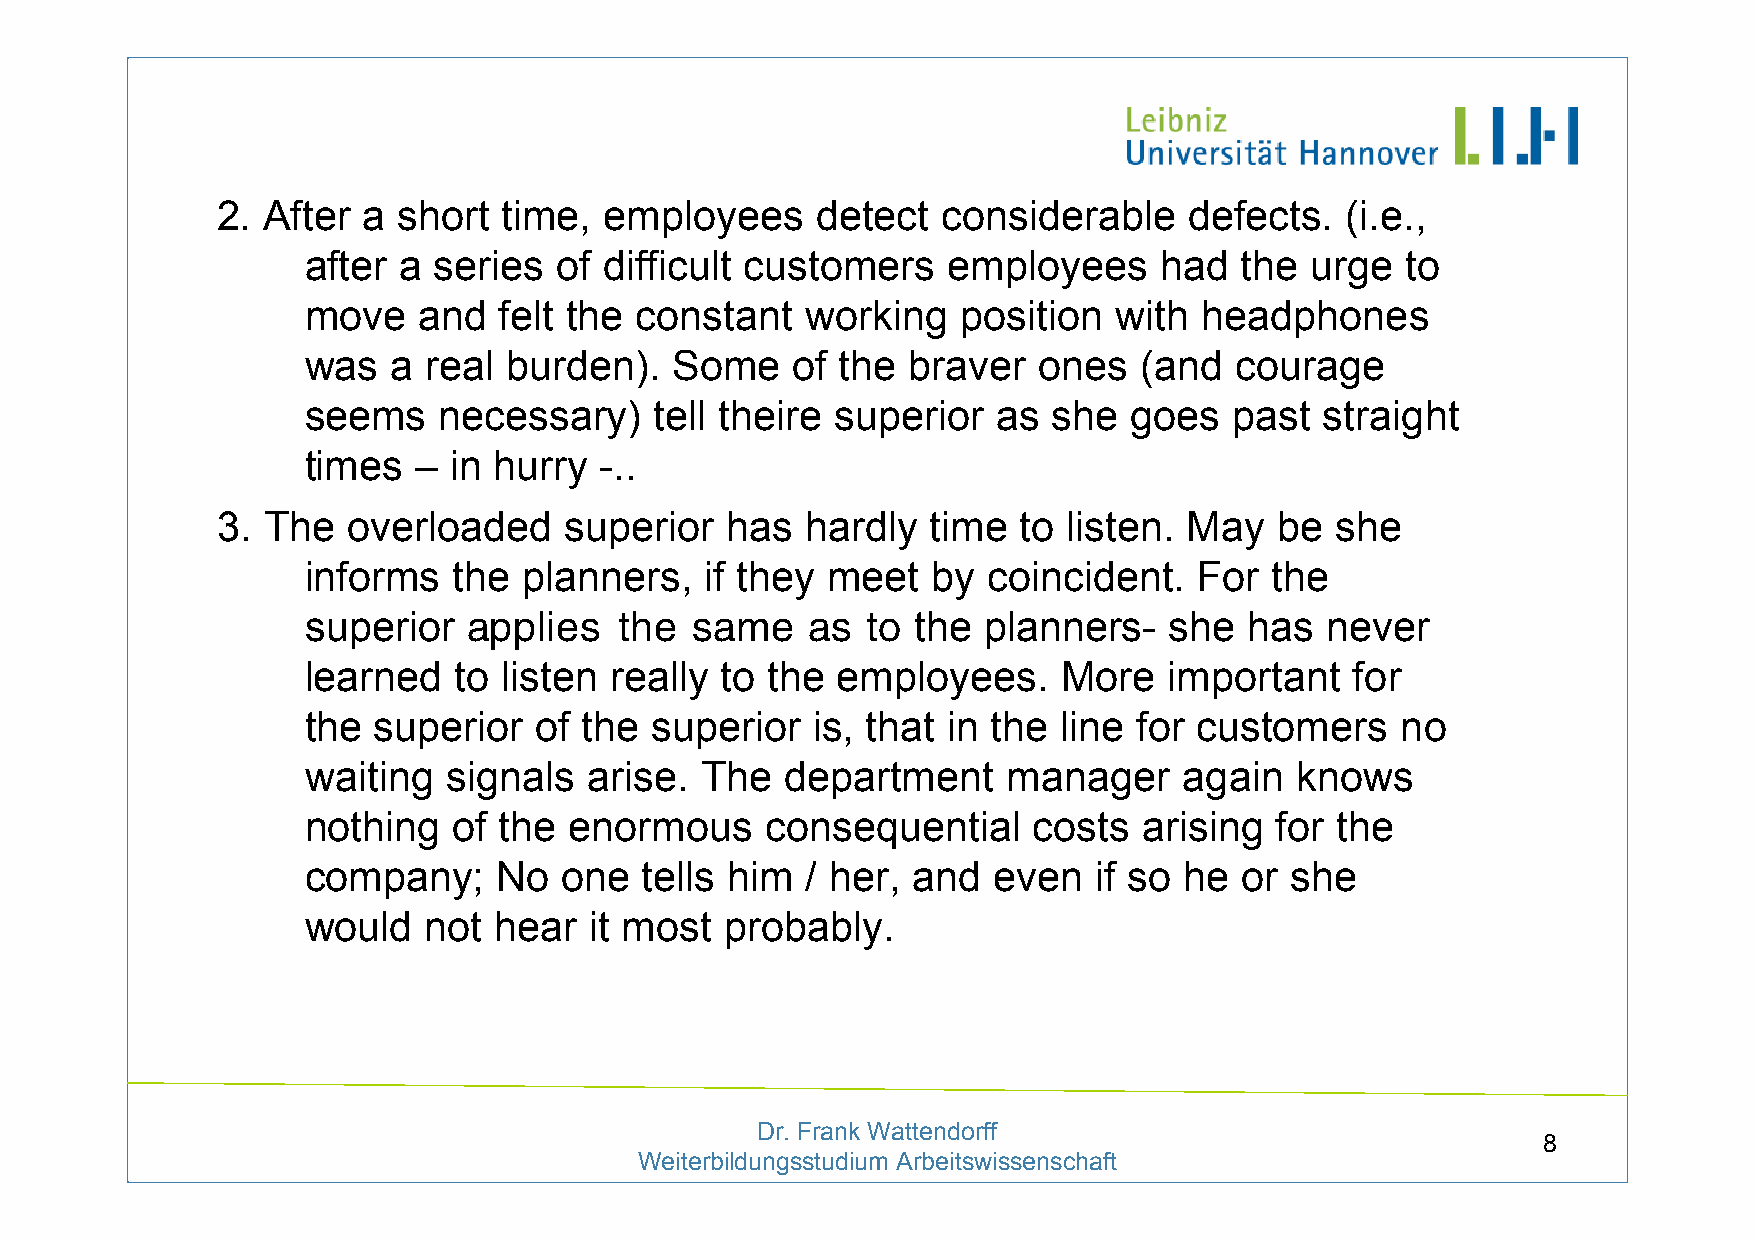
2. After  a short  time,  employees     detect  considerable     defects.  (i.e.,
 after a  series  of difficult customers    employees     had  the  urge  to
 move    and  felt the constant   working    position  with headphones
 was   a real  burden).   Some   of  the braver   ones  (and   courage
 seems    necessary)    tell theire superior   as  she  goes   past  straight
 times   – in hurry  -..
 3. The   overloaded    superior   has  hardly   time  to listen. May   be she
 informs   the  planners,   if they meet   by coincident.   For  the
 superior   applies   the  same   as  to  the planners-   she   has  never
 learned   to listen really  to the employees.     More   important    for
 the  superior  of  the superior   is, that in the line for customers     no
 waiting   signals  arise. The   department     manager    again   knows
 nothing   of the  enormous     consequential    costs   arising for the
 company;     No  one   tells him / her, and   even   if so he or she
 would   not  hear  it most  probably.
 Dr. Frank Wattendorff
 8
 Weiterbildungsstudium Arbeitswissenschaft